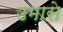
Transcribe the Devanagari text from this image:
उमासे